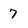
Character: 7